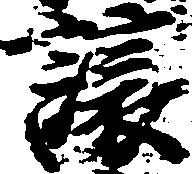
譲